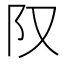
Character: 𨸕